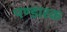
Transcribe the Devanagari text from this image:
पण्डारक